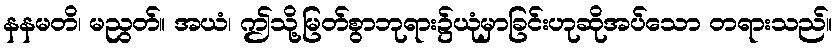
နနမတိ၊ မညွတ်။ အယံ၊ ဤသို့မြတ်စွာဘုရား၌ယုံမှာခြင်းဟုဆိုအပ်သော တရားသည်။